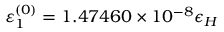
\varepsilon _ { 1 } ^ { ( 0 ) } = 1 . 4 7 4 6 0 \times 1 0 ^ { - 8 } \epsilon _ { H }